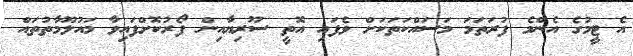
އެ ޓީމުގެ އެންމެ ފުރަތަމަ މަސައްކަތަކަށް ވެފައި އޮތީ ސޫރިޔާއިން ފޯރުކޮށްފައިވާ މައުލޫމާތުތައް